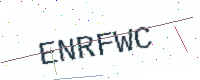
Text: ENRFWC